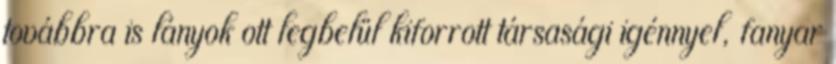
továbbra is lányok ott legbelül kiforrott társasági igénnyel, fanyar